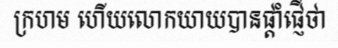
ក្រហម ហើយលោកយាយបានផ្តាំផ្ញើថា